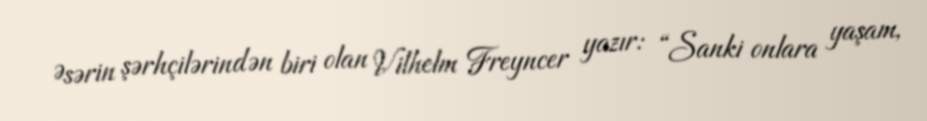
Əsərin şərhçilərindən biri olan Vilhelm Freyncer yazır: “Sanki onlara yaşam,